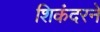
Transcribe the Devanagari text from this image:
शिकंदरने